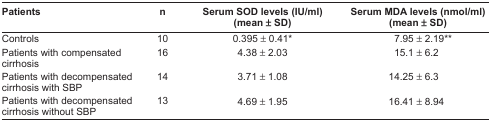
<table><thead><tr><td><b>Patients</b></td><td><b>n</b></td><td><b>Serum SOD levels (IU/ml) (mean ± SD)</b></td><td><b>Serum MDA levels (nmol/ml) (mean ± SD)</b></td></tr></thead><tbody><tr><td>Controls</td><td>10</td><td>0.395 ± 0.41*</td><td>7.95 ± 2.19**</td></tr><tr><td>Patients with compensated cirrhosis</td><td>16</td><td>4.38 ± 2.03</td><td>15.1 ± 6.2</td></tr><tr><td>Patients with decompensated cirrhosis with SBP</td><td>14</td><td>3.71 ± 1.08</td><td>14.25 ± 6.3</td></tr><tr><td>Patients with decompensated cirrhosis without SBP</td><td>13</td><td>4.69 ± 1.95</td><td>16.41 ± 8.94</td></tr></tbody></table>